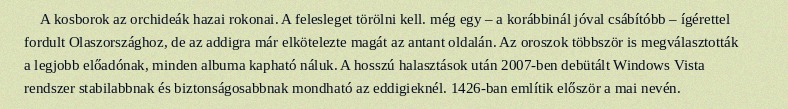
A kosborok az orchideák hazai rokonai. A felesleget törölni kell. még egy – a korábbinál jóval csábítóbb – ígérettel fordult Olaszországhoz, de az addigra már elkötelezte magát az antant oldalán. Az oroszok többször is megválasztották a legjobb előadónak, minden albuma kapható náluk. A hosszú halasztások után 2007-ben debütált Windows Vista rendszer stabilabbnak és biztonságosabbnak mondható az eddigieknél. 1426-ban említik először a mai nevén.